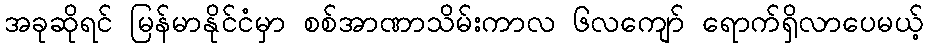
အခုဆိုရင် မြန်မာနိုင်ငံမှာ စစ်အာဏာသိမ်းကာလ ၆လကျော် ရောက်ရှိလာပေမယ့်